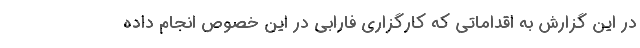
در این گزارش به اقداماتی که کارگزاری فارابی در این خصوص انجام داده